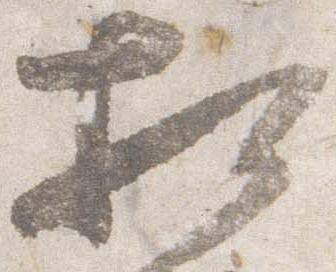
相